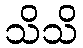
သိသိ